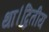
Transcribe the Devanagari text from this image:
था।द्वितीय